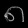
Digit: ၈